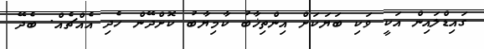
ގައިޑްލައިން އަކީ ވަކި ބަޔަކަށް އިންތިޚާބު ކާމިޔާބު ކޮށްދޭން ހެދި އެއްޗެއް. ބެދޭ